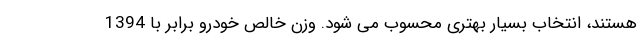
هستند، انتخاب بسیار بهتری محسوب می شود. وزن خالص خودرو برابر با 1394